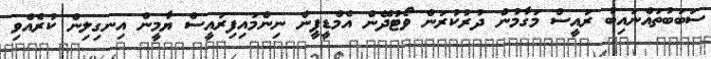
ސަބަބުތައްނައިބު ރައީސް މަގާމުން ދުރުކުރަން ވޯޓުދޭން އެމްޑީޕީން ނިންމައިފިރައީސް ޔާމީން އިނގިލިން ކުރެއްވި